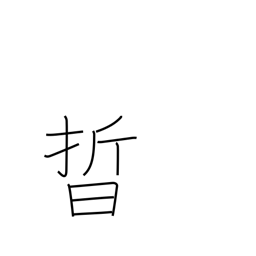
Meaning: light of stars